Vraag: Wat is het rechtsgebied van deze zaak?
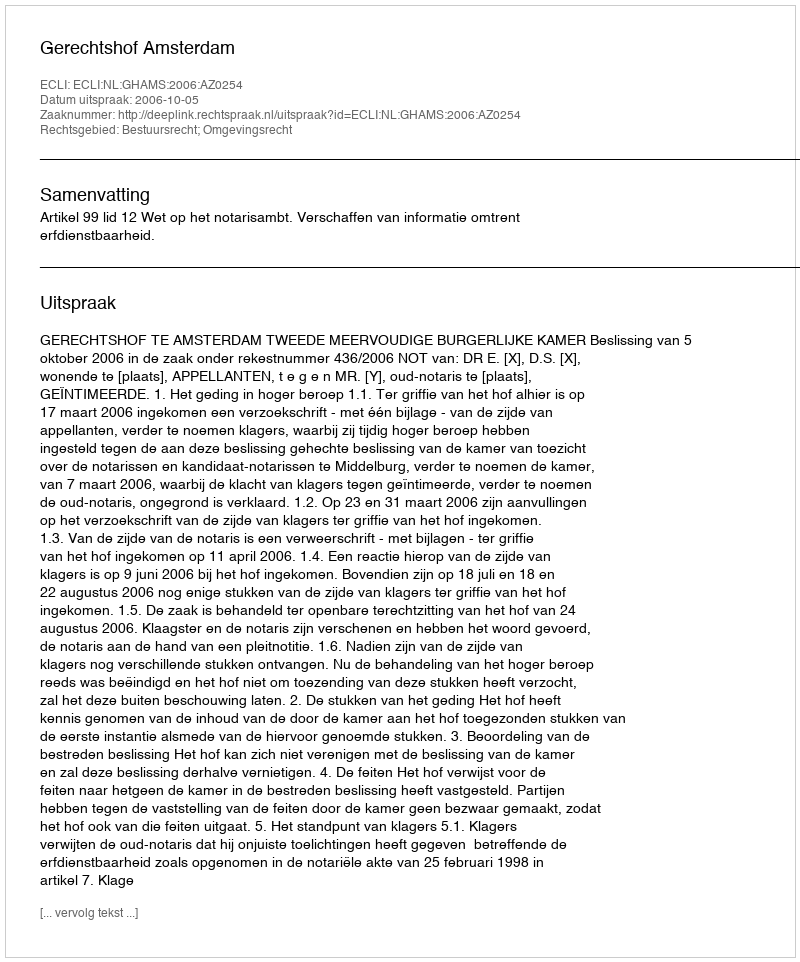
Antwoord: Bestuursrecht; Omgevingsrecht